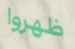
ظهروا